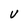
Character: v